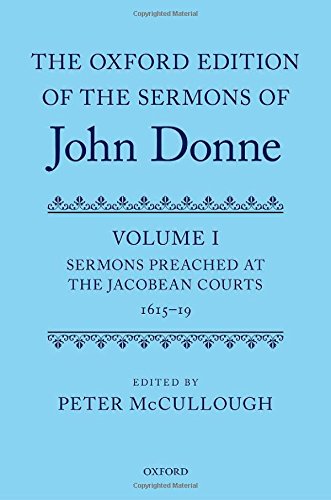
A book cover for The Oxford Edition of the Sermons of John Donne: Volume I: Sermons Preached at the  Jacobean Courts, 1615-19; Christian Books & Bibles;